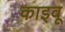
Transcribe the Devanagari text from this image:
काइवू